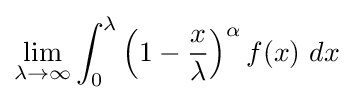
\lim _{\lambda \to \infty }\int _{0}^{\lambda }\left(1-{\frac {x}{\lambda }}\right)^{\alpha }f(x)\ dx